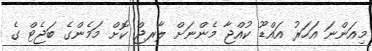
މިއަންނަ އަހަރު އައްޑޫ ކުއްޖާ މެންނަށް ލާރޖް ކޮށް މަމެންގެ ބަޖެޓް ގެ